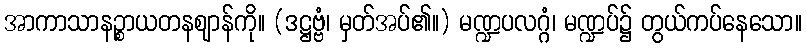
အာကာသာနဉ္စာယတနဈာန်ကို။ (ဒဋ္ဌဗ္ဗံ၊ မှတ်အပ်၏။) မဏ္ဍပလဂ္ဂံ၊ မဏ္ဍပ်၌ တွယ်ကပ်နေသော။